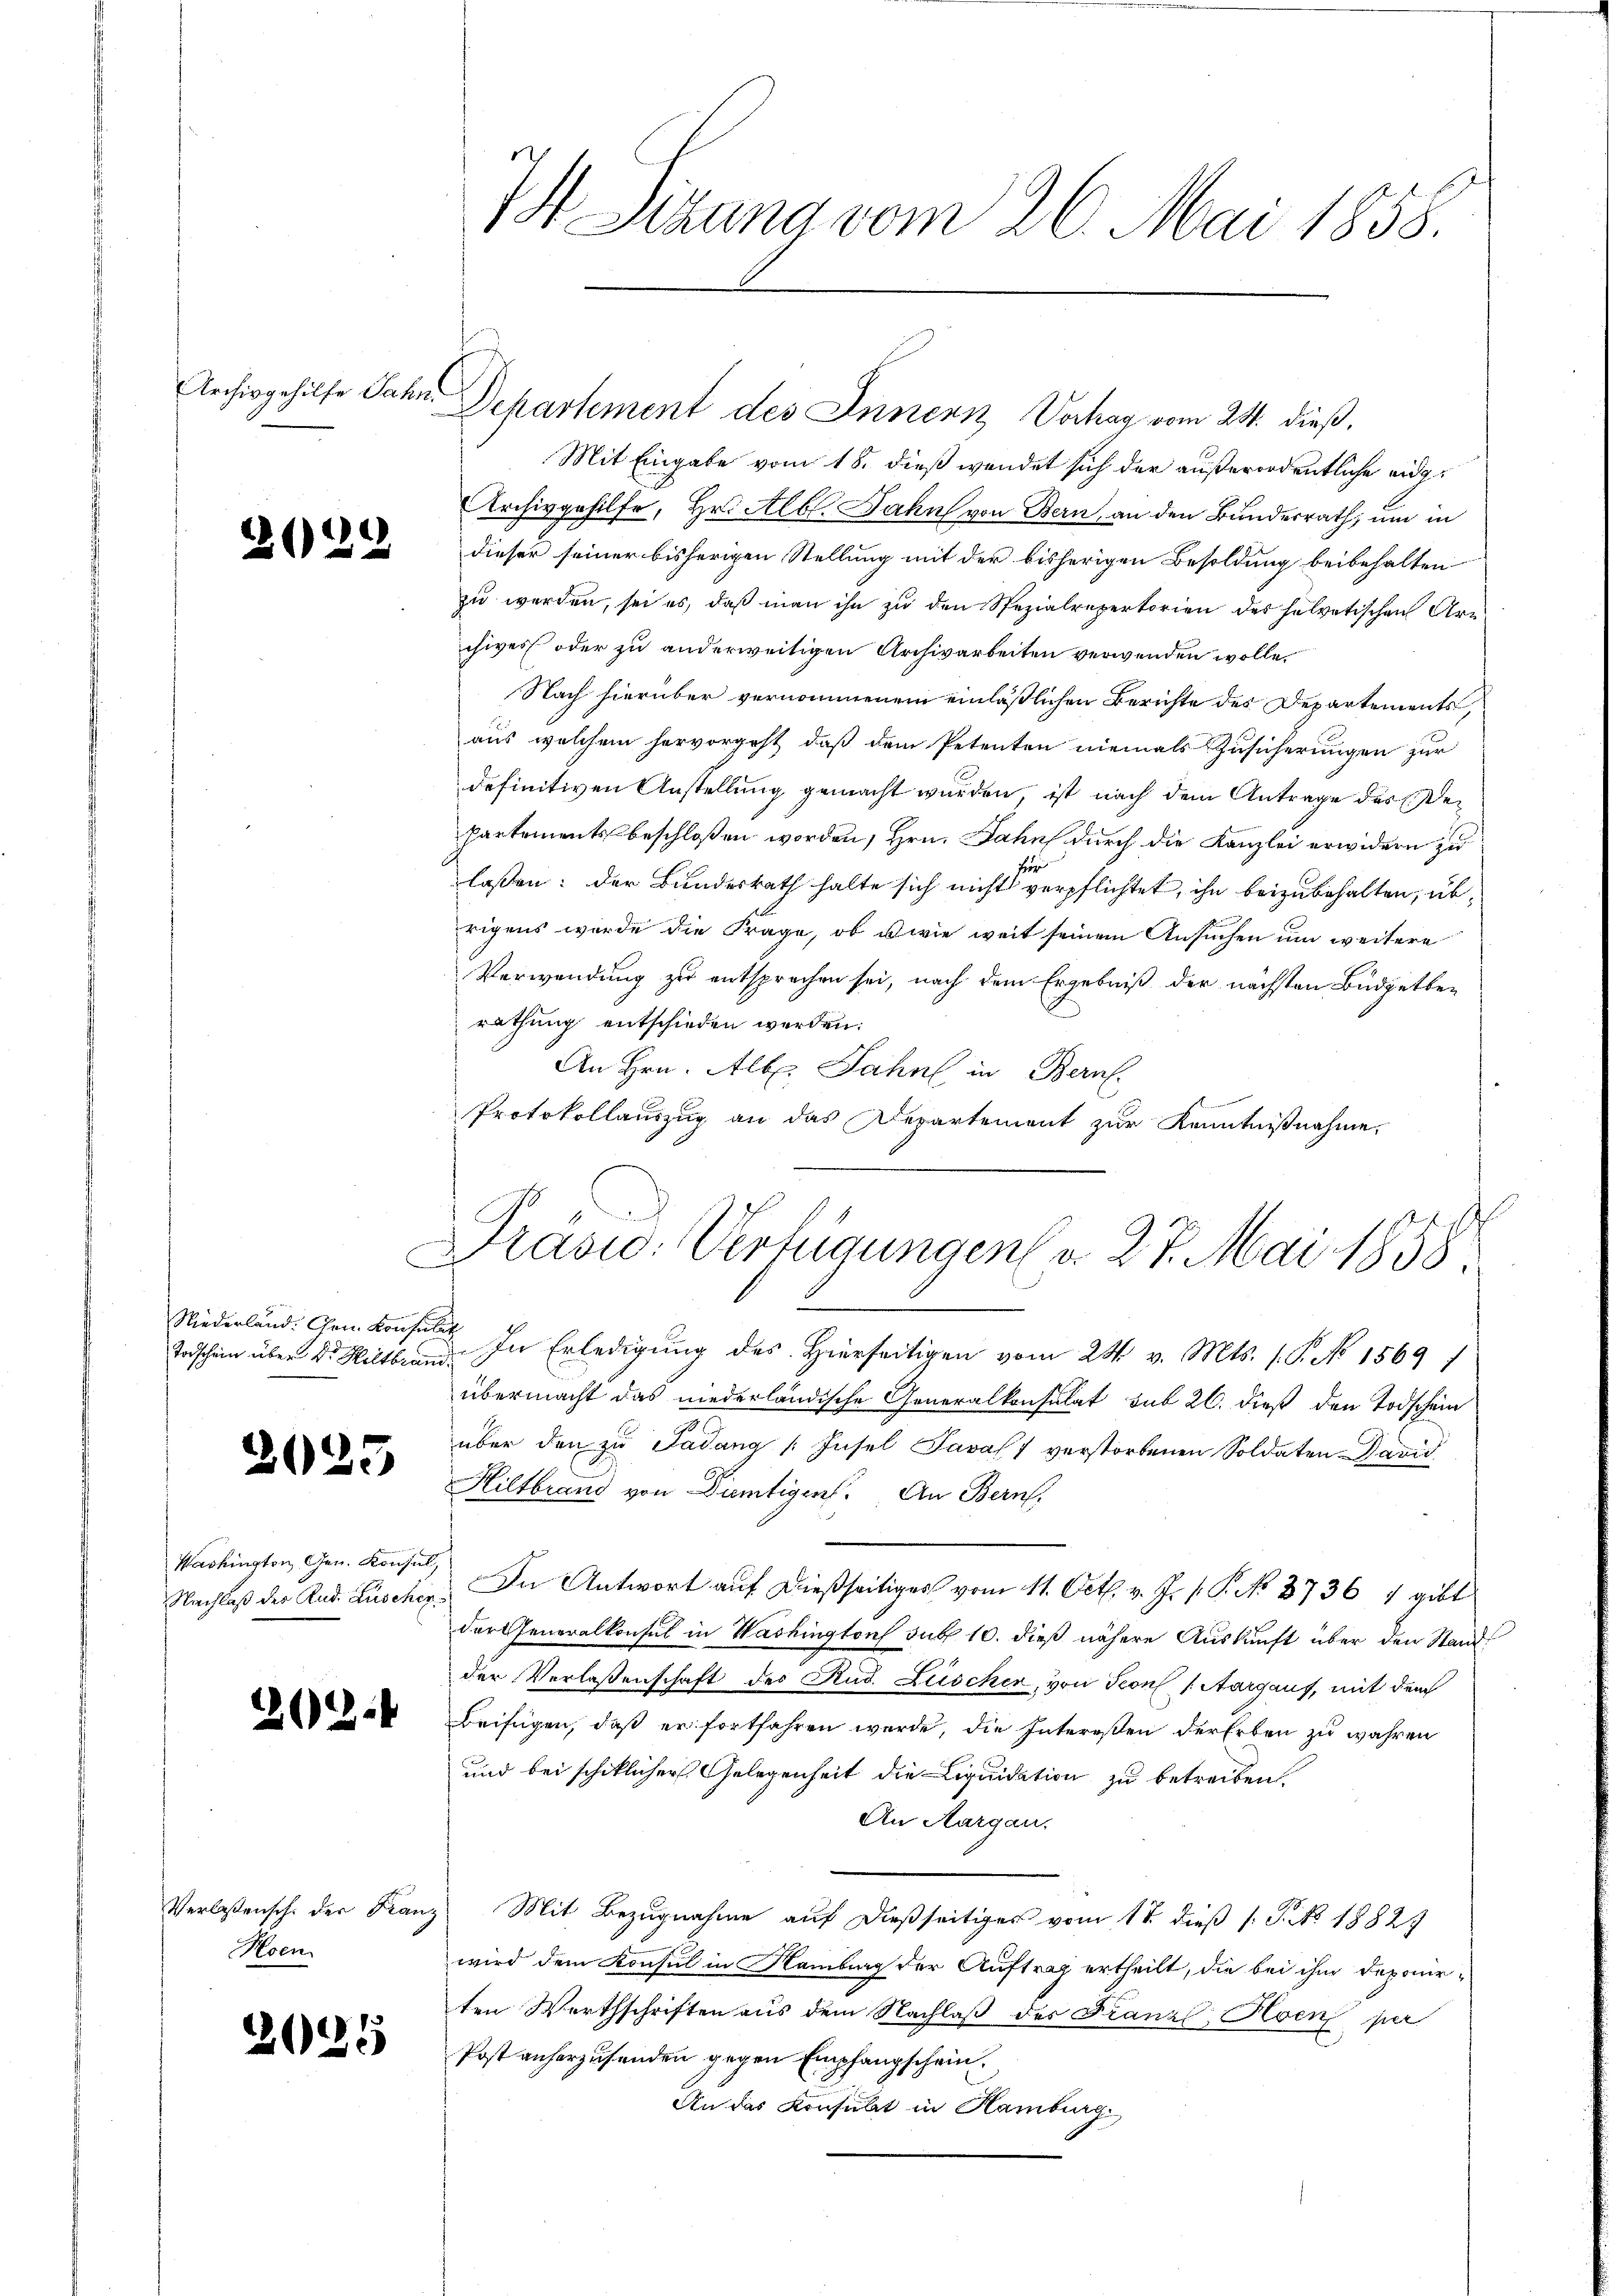
Archivgehilfe Jahn,

22

Niederland. Gem. Konsulat
Todschein über Dr. Hiltbrund.

2025

Washington Gen. Konsul

2262.

Hoen

2015

7 Sitzung vom 26. Mai 1858.

Mit Eingabe vom 16. dieß wendet sich der außerordentliche eidg¬
Archivgehilfe, Hr. Alb. Jahn von Bern, an den Bundesrath, um in
dieser seiner bisherigen Stellung mit der bisherigen Besoldung beibehalten
zu werden, sei es, daß man ihn zu den Spezialrepertorien des helvetischen Arn
chwer oder zu anderweitigen Archivarbeiten verwenden wolle.
Nach hierüber vernommenem einläßlichen Berichte des Departements
aus welchem hervorgeht, daß dem Petenten niemals Zusicherungen zur
definitiven Anstellung gemacht wurden, ist nach dem Antrage des Departements beschloßen worden, Hrn. Jahn durch die Kanzlei erwidern zu
laßen: der Bundesrath halte sich nicht verpflichtet, ihn beizubehalten, übrigens wurde die Frage, ob wie weit seinem Ansuchen um weitere
Verwendung zu entsprochen sei, nach dem Ergebniß der nächsten Budgetberathung entschieden werden.
An Hrn. Alb. Jahn in Bern
Protokollauszug an das Departement zur Kenntnißnahme,
In Erledigung des Hierseitigen vom 24. v. Mts. 1. P. No 1569/
übermacht das niederländische Generalkonsulat sub 26. dieß den Todschein
über den zu Ladung (Insel Java 7 verstorbenen Soldaten David
Hiltbrand von Dietigen. An Bern,
Nachlaß der Rud. Lüschen. In Antwort auf dießseitiges vom 11. Octb. v. J. P. P. No 8736 7 gibt
der Generalkonsul in Washingtons sub 10. dieß nähere Auskunft über den Stand
der Verlassenschaft des Rud. Lüscher, von Seons Aargaus, mit dem
Beifügen, daß er fortfahren werde, die Intereßen der Erben zu wahren
und bei schiklicher Gelegenheit die Liquidation zu betreiben.
An Aargau.
Verlassensche der Franz Mit Bezugnahme auf dießseitiges vom 17. dieß (: P. No 18827
wird dem Konsul in Hamburg der Auftrag ertheilt, die bei ihm deponirten Werthschriften aus dem Nachlaß des Franz Hoen per
Post anherzusenden gegen Empfangschein
An das Konsulat in Hamburg.

Departement des Innern Vorhag vom 28. dieß,

Präsid. Verfügungen d. 27. Mai 1858